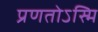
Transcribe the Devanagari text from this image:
प्रणतोऽस्मि